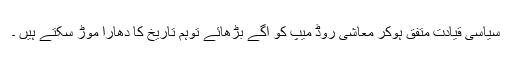
سیاسی قیادت متفق ہوکر معاشی روڈ میپ کو آگے بڑھائے توہم تاریخ کا دھارا موڑ سکتے ہیں ۔